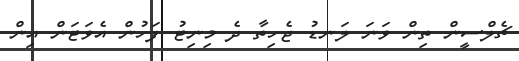
ޗެލްސީން ތިން ވަނަ ލަނޑު ޖެހިތާ ދެ މިނިޓު ފަހުން އެވަޓަން އިން